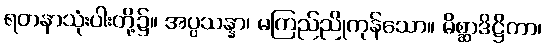
ရတနာသုံးပါးတို့၌။ အပ္ပသန္နာ၊ မကြည်ညိုကုန်သော။ မိစ္ဆာဒိဋ္ဌိကာ၊